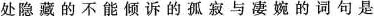
处隐藏的不能倾诉的孤寂与凄婉的词句是